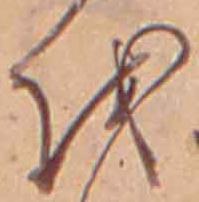
を